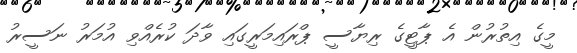
މީގެ އިތުރުން އެ ޕާޓީގެ ރިޔާސީ ޕްރައިމަރީގައި ވާދަ ކުރެއްވި އުމަރު ނަސީރު